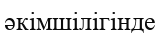
әкімшілігінде